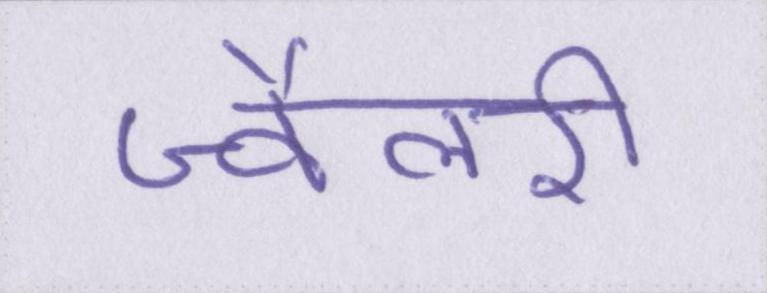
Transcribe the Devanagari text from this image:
ज्वैलरी